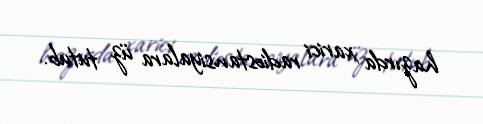
hazırda xarici radiostansiyalara üz tutub.